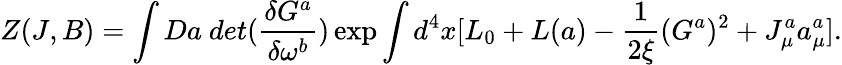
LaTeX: Z(J,B)=\int Da~det(\frac{\delta G^{a}}{\delta\omega^{b}})\exp\int d^{4}x[L_{0}+L(a)-\frac{1}{2\xi}(G^{a})^{2}+J_{\mu}^{a}a_{\mu}^{a}].